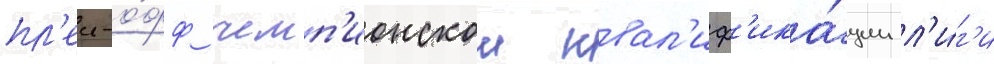
пл'еи-о́фф чемп'ионскои квал'иф'ика́ции л'и́г'и